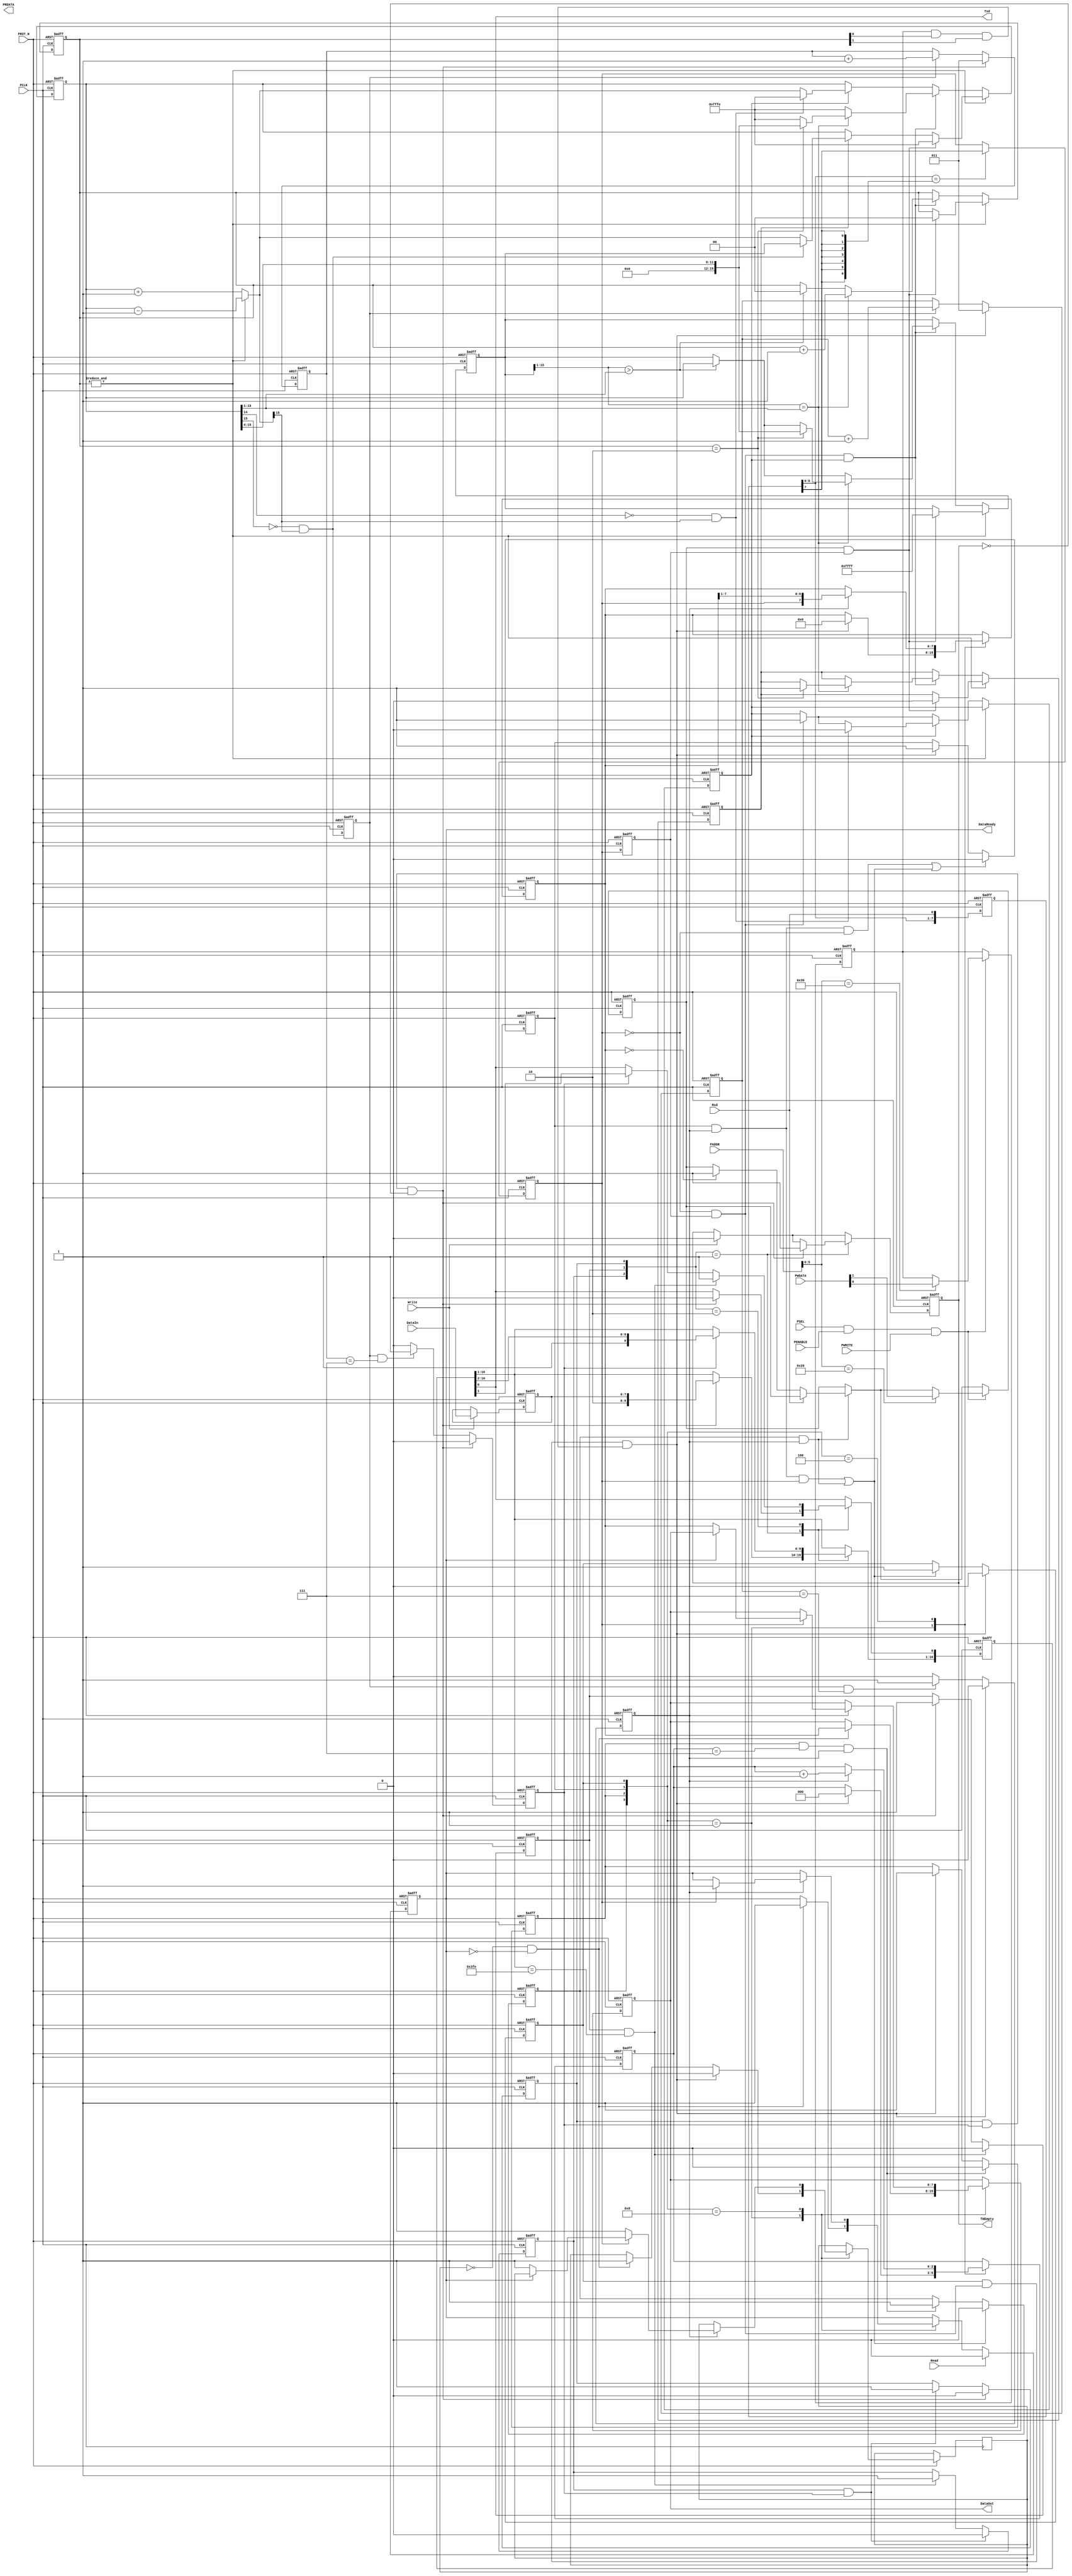
//================================================================================
// Description        : 
//                      
//                      
//================================================================================
module DCOM_UART(
//apb
input         PCLK            , //clock
input         PRST_N          , //reset
input         PSEL            , 
input         PENABLE         ,
input         PWRITE          ,
input  [31:0] PADDR           ,
input  [31:0] PWDATA          ,
output [31:0] PRDATA          ,
//com
input         Read            ,
input         Write           ,
input  [ 7:0] DataIn          ,
output        DataReady       ,
output [ 7:0] DataOut         ,
output        THEmpty         ,
//uart
input         Rxd             ,
output        Txd             
);

parameter     STATUS_ADDR =  6'b100000 ;
parameter     CTRL_ADDR   =  6'b110000 ;

reg    [15:0] SCALER          ;
reg    [ 1:0] MODE            ;
reg           RE              ;
reg           ComBreak        ;
reg           FrameError      ;
reg           OverReceive     ;

reg    [ 1:0] AutoStep        ; //2'b11
reg    [15:0] Scaler          ;
reg    [15:0] Brate           ;
reg    [ 7:0] RxdQ            ;
reg           iRxd            ;
reg           iRxdQ           ;
reg           RxdFallEdge     ;
reg           ReceiveEn       ;


wire   [15:0] NextScaler  = (&AutoStep) ? Scaler - 1'b1 : Scaler + 1'b1 ;

wire          RxdEn = RE & AutoStep[0] & AutoStep[1] ;

always @(posedge PCLK or negedge PRST_N) begin
    if (!PRST_N) begin
        RxdQ <= #1 8'b0 ;
    end
    else begin
        RxdQ <= #1 {RxdQ[6:0], Rxd} ;
    end
end

always @(posedge PCLK or negedge PRST_N)
begin
    if (!PRST_N) begin
        iRxd  <= #1 1'b0 ;
        iRxdQ <= #1 1'b0 ;
    end
    else begin
        iRxdQ <= #1 iRxd ;
        if(RxdQ[6:0] == {7{RxdQ[7]}}) begin
            iRxd <= #1 RxdQ[7] ;
        end
    end
end

always @(posedge PCLK or negedge PRST_N) begin
    if (!PRST_N) begin
        AutoStep    <= #1 2'b00     ;
        RxdFallEdge <= #1 1'b0      ;
        Scaler      <= #1 16'hFFFE  ;
        Brate       <= #1 16'hFFFF  ;
        ReceiveEn   <= #1 1'b0      ;
    end
    else begin
        if(&AutoStep) begin
            //
            if(ReceiveEn) begin
            Scaler <= #1 NextScaler    ;
            if(~Scaler[15] & NextScaler[15]) begin
                Scaler <= #1 Brate       ;
            end
            end
            if(ComBreak & iRxdQ) begin
            Scaler    <= #1 16'hFFFE   ;
                Brate     <= #1 16'hFFFF   ;
            AutoStep  <= #1 2'b00      ;
            ReceiveEn <= #1 1'b0       ; 
            end
        end
        else begin
            //
            if(~iRxd & iRxdQ) begin
            RxdFallEdge <= #1 1'b1 ;
            end
            if(RxdFallEdge) begin
            Scaler <= #1 NextScaler ;
            if(~Scaler[14] & NextScaler[15]) begin
                Scaler      <= #1 16'hFFFE ;
                RxdFallEdge <= #1 1'b0 ;
            end
            end
            if(~iRxd & iRxdQ & RxdFallEdge) begin
            Scaler <= #1 16'hFFFE ;
            if(Brate[15:1] > Scaler[15:1]) begin
                //Rxd1bit2/2
                Brate    <= #1 Scaler ;
                AutoStep <= #1 2'b00 ;
            end
            if(Brate[15:1] == Scaler[15:1]) begin
                AutoStep <= #1 AutoStep + 1'b1 ;
                if(AutoStep == 2'b10) begin
                    Brate     <= #1 {4'b0, Scaler[15:4]} ;//8/8
                    Scaler    <= #1 {4'b0, Scaler[15:4]} ;
                    ReceiveEn <= #1 1'b1              ;
                end
            end
            end
        end
    end
end

reg          Tick            ;
reg          RxTick          ;
reg          TxTick          ;
reg    [ 2:0]RxTickCnt       ;
reg    [ 2:0]TxTickCnt       ;
reg    [ 2:0]RxBitCnt        ;
reg    [ 2:0]TxBitCnt        ;
//rx
reg    [ 7:0]RHold           ;
reg          DReady          ; 
reg    [ 7:0]RShift          ;
reg          RSEmpty         ;

reg          StateRxIdle     ;
reg          StateRxStart    ;
reg          StateRxData     ;
reg          StateRxStop     ;

wire         StartRxIdle     ;
wire         StartRxStart    ;
wire         StartRxData     ;
wire         StartRxStop     ;

assign       StartRxIdle  = StateRxStart & RxTick & iRxd | StateRxStop & RxTick ;
assign       StartRxStart = StateRxIdle & (~iRxd & iRxdQ) & RxdEn ;
assign       StartRxData  = StateRxStart & RxTick & ~iRxd      ;
assign       StartRxStop  = StateRxData && (RxBitCnt == 3'h7) && RxTick ;
//tx
reg    [ 7:0]THold           ;
reg          iTHEmpty        ; 
reg    [10:0]TShift          ;
reg          TSEmpty         ;

reg          StateTxIdle     ;
reg          StateTxData     ;
reg          StateTxStop     ;

wire         StartTxIdle     ;
wire         StartTxData     ;
wire         StartTxStop     ;

assign       StartTxIdle  = StateTxStop & TxTick ;
assign       StartTxData  = StateTxIdle & TxTick & ~iTHEmpty ;
assign       StartTxStop  = StateTxData & (TShift[10:1] == 10'b11_1111_1110) ;

always @(posedge PCLK or negedge PRST_N) begin
    if (!PRST_N) begin
        Tick <= #1 'b0 ;
    end
    else begin
        Tick <= #1 ~Scaler[15] & NextScaler[15] ;
    end
end

always @(posedge PCLK or negedge PRST_N) begin
    if (!PRST_N) begin
        RxTickCnt <= #1 3'b0 ;
    end
    else if(StartRxStart) begin
        RxTickCnt <= #1 3'b011  ;
    end
    else if(Tick) begin
        RxTickCnt <= #1 RxTickCnt + 1'b1 ;
    end
end

always @(posedge PCLK or negedge PRST_N) begin
    if (!PRST_N) begin
        TxTickCnt <= #1 3'b0 ;
    end
    else if(StartTxData) begin
        TxTickCnt <= #1 3'b011 ;
    end
    else if(Tick) begin
        TxTickCnt <= #1 TxTickCnt + 1'b1 ;
    end
end

always @(posedge PCLK or negedge PRST_N) begin
    if (!PRST_N) 
        RxTick <= #1 1'b0 ;
    else if(StartRxStart ) 
        RxTick <= #1 1'b0 ;
    else if(Tick && RxTickCnt == 3'b111) 
        RxTick <= #1 1'b1 ;
    else 
        RxTick <= #1 1'b0 ;
end

always @(posedge PCLK or negedge PRST_N) begin
    if (!PRST_N) 
        TxTick <= #1 1'b0 ;
    else if(StartTxData) 
        TxTick <= #1 1'b0 ;
    else if(Tick && TxTickCnt == 3'b111)
        TxTick <= #1 1'b1 ;
    else 
        TxTick <= #1 1'b0 ;
end

always @(posedge PCLK or negedge PRST_N) begin
    if (!PRST_N) begin
        StateRxIdle   <= #1 1'b1  ;
        StateRxStart  <= #1 1'b0  ;
        StateRxData   <= #1 1'b0  ;
        StateRxStop   <= #1 1'b0  ;
    end
    else begin
        if(StartRxStart)               StateRxIdle  <= #1 1'b0 ;
        else if(StartRxIdle)           StateRxIdle  <= #1 1'b1 ;

        if(StartRxData | StartRxIdle)  StateRxStart <= #1 1'b0 ;
        else if(StartRxStart)          StateRxStart <= #1 1'b1 ;

        if(StartRxStop)                StateRxData  <= #1 1'b0 ;
        else if(StartRxStart)          StateRxData  <= #1 1'b1 ;

        if(StartRxIdle)                StateRxStop  <= #1 1'b0 ;
        else if(StartRxStop)           StateRxStop  <= #1 1'b1 ;
    end
end

always @(posedge PCLK or negedge PRST_N) begin
    if (!PRST_N) begin
        RShift   <= #1 8'b0 ;
        RxBitCnt <= #1 3'b0 ;
        DReady   <= #1 1'b0 ;
        RHold    <= #1 8'b0 ;
    end
    else begin
        case({StateRxStop, StateRxData, StateRxStart, StateRxIdle}) 
            4'b0001 : begin
            if(~RSEmpty & ~DReady) begin
                RSEmpty <= #1 1'b1   ;
                DReady  <= #1 1'b1   ;
                RHold   <= #1 RShift ;
            end
            if(StartRxStart) begin
                RxBitCnt <= #1 3'b0 ;
                RShift   <= #1 8'b0 ;
                RSEmpty  <= #1 1'b0 ;
            end
            end
            4'b0100 : begin
            if(RxTick) begin
                RxBitCnt <= #1 RxBitCnt + 1'b1 ;
                //RShift   <= #1 {RShift[6:0], iRxd} ;
                RShift   <= #1 {iRxd, RShift[7:1]} ;
            end
            end
            4'b1000 : begin
            if(RxTick) begin
                if(iRxd) begin
                    if(~DReady) begin
                         RHold   <= #1 RShift ;
                        DReady  <= #1 1'b1   ;
                        RSEmpty <= #1 1'b1   ;
                    end
                end
                else begin
                    RSEmpty <= #1 1'b1     ;
                end
            end
            end
        endcase

        if(Read) begin
            DReady <= #1 1'b0 ;
        end
    end
end

always @(posedge PCLK or negedge PRST_N) begin
    if (!PRST_N) begin
        StateTxIdle  <= #1 1'b1   ;
        StateTxData  <= #1 1'b0   ;
        StateTxStop  <= #1 1'b0   ;
    end
    else begin
        if(StartTxData)      StateTxIdle <= #1 1'b0 ;
        else if(StartTxIdle) StateTxIdle <= #1 1'b1 ;

        if(StartTxStop)      StateTxData <= #1 1'b0 ;
        else if(StartTxData) StateTxData <= #1 1'b1 ;

        if(StartTxIdle)      StateTxStop <= #1 1'b0 ;
        else if(StartTxStop) StateTxStop <= #1 1'b1 ; 
    end
end

always @(posedge PCLK or negedge PRST_N) begin
    if (!PRST_N) begin
        THold    <= #1 8'b0  ;
        iTHEmpty <= #1 1'b1  ;
        TShift   <= #1 11'h7FF ;
        TSEmpty  <= #1 1'b1  ;
    end
    else begin
        if(Write) begin
            THold    <= #1 DataIn ;
            iTHEmpty <= #1 1'b0 ;
        end
        case({StateTxStop, StateTxData, StateTxIdle})
            3'b001  : begin
                if(StartTxData) begin
                    iTHEmpty <= #1 1'b1 ;
                    TShift  <= #1 {2'b10, THold, 1'b0} ;
                    TSEmpty <= #1 1'b0 ;
                end
            end
            3'b010  : begin
                if(TxTick) begin
                    TShift <= #1 {1'b1, TShift[10:1]} ;
                end
                if(StartTxStop) begin
                    TShift[0] <= #1 1'b1 ;
                end
            end
            3'b100  : begin
                if(TxTick) begin
                    TSEmpty <= #1 1'b1 ;
                    //TShift <= #1 {1'b1, TShift[10:1]} ;
                end
            end
        endcase
    end
end

always @(posedge PCLK or negedge PRST_N) begin
    if (!PRST_N) begin
        SCALER       <= #1 15'b0   ;
        MODE         <= #1  2'b0   ;
        RE           <= #1  1'b0   ;
        ComBreak     <= #1  1'b0   ;
        FrameError   <= #1  1'b0   ;
        OverReceive  <= #1  1'b0   ;
    end
    else begin
        if(StateRxStop & RxTick) begin
            if(~Rxd) begin
                if(RShift == 0)  ComBreak   <= #1 1'b1 ;
                else             FrameError <= #1 1'b1 ;
            end
        end

        if(PSEL & PENABLE & PWRITE) begin
            case(PADDR[5:0]) 
                STATUS_ADDR : {OverReceive, ComBreak, FrameError} <= #1 PWDATA[2:0] ;
                CTRL_ADDR   : {SCALER, MODE, RE} <= #1 PWDATA[18:0] ;
            endcase
        end
    end
end

assign THEmpty   = iTHEmpty ;
assign DataOut   = RHold    ;
assign DataReady = DReady   ;
assign Txd       = TShift[0] ;

endmodule